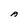
Character: A